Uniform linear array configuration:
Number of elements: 64
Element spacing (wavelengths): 0.5
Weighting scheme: cosine
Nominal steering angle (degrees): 45
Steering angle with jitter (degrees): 45.452
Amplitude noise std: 0.05
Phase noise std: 0.05

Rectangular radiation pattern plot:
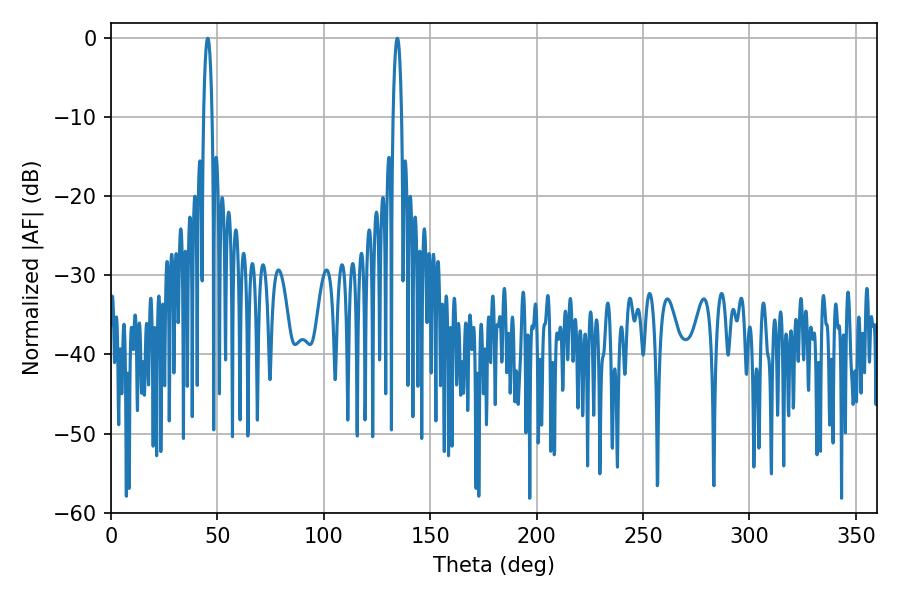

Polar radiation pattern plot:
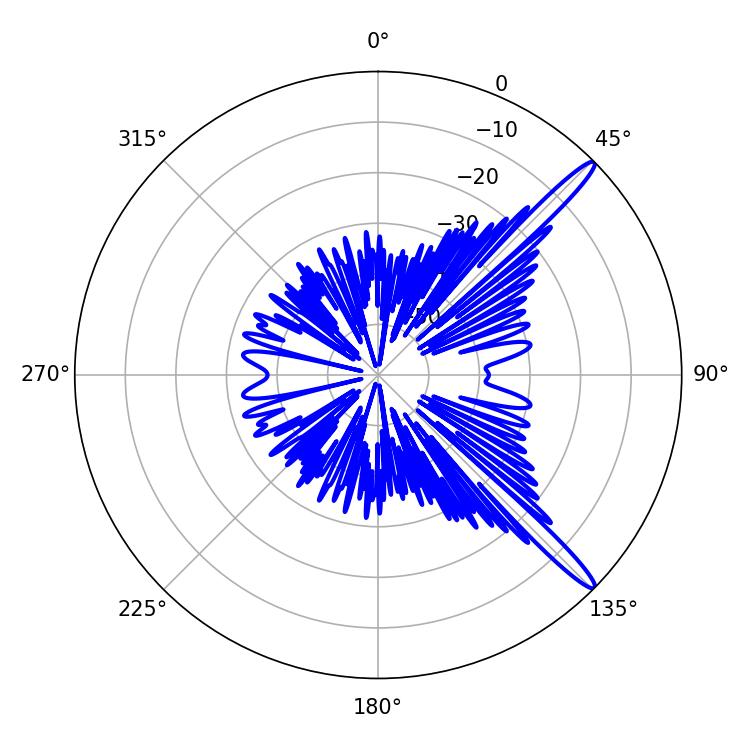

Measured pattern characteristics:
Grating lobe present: FALSE
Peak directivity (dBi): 14.934
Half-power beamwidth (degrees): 2.34
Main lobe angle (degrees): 134.64